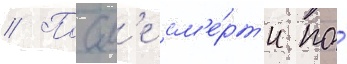
// Посл'е см'е́рт'и по́